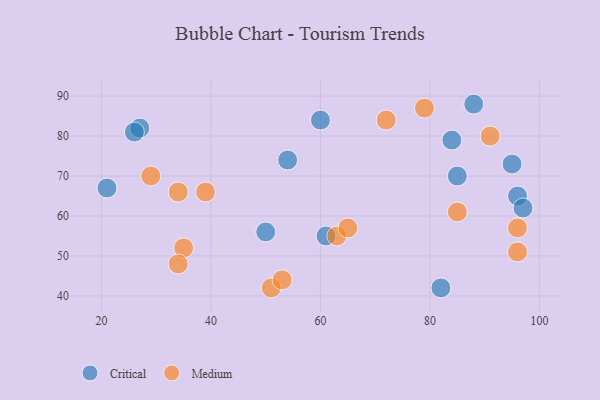
{"axis": {"x": "GDP", "y": "Life Expectancy"}, "legend": ["Critical", "Medium"], "data": [{"x": "27", "y": 82, "type": "Critical"}, {"x": "88", "y": 88, "type": "Critical"}, {"x": "95", "y": 73, "type": "Critical"}, {"x": "82", "y": 42, "type": "Critical"}, {"x": "96", "y": 65, "type": "Critical"}, {"x": "61", "y": 55, "type": "Critical"}, {"x": "50", "y": 56, "type": "Critical"}, {"x": "60", "y": 84, "type": "Critical"}, {"x": "54", "y": 74, "type": "Critical"}, {"x": "26", "y": 81, "type": "Critical"}, {"x": "21", "y": 67, "type": "Critical"}, {"x": "97", "y": 62, "type": "Critical"}, {"x": "85", "y": 70, "type": "Critical"}, {"x": "84", "y": 79, "type": "Critical"}, {"x": "51", "y": 42, "type": "Medium"}, {"x": "91", "y": 80, "type": "Medium"}, {"x": "85", "y": 61, "type": "Medium"}, {"x": "63", "y": 55, "type": "Medium"}, {"x": "35", "y": 52, "type": "Medium"}, {"x": "53", "y": 44, "type": "Medium"}, {"x": "29", "y": 70, "type": "Medium"}, {"x": "65", "y": 57, "type": "Medium"}, {"x": "72", "y": 84, "type": "Medium"}, {"x": "96", "y": 57, "type": "Medium"}, {"x": "34", "y": 66, "type": "Medium"}, {"x": "34", "y": 48, "type": "Medium"}, {"x": "39", "y": 66, "type": "Medium"}, {"x": "79", "y": 87, "type": "Medium"}, {"x": "96", "y": 51, "type": "Medium"}]}